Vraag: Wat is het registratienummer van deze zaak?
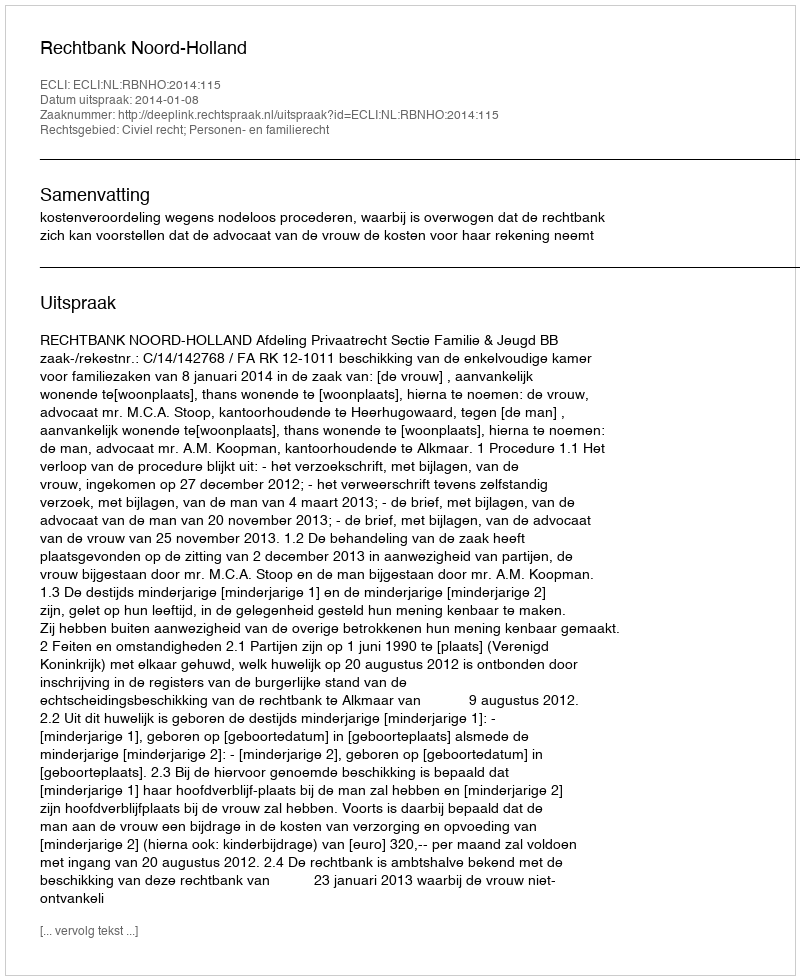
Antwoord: http://deeplink.rechtspraak.nl/uitspraak?id=ECLI:NL:RBNHO:2014:115